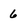
Character: 6